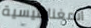
المغناطيسية